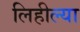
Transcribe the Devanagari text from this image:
लिहील्या